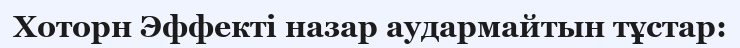
Хоторн Эффекті назар аудармайтын тұстар: